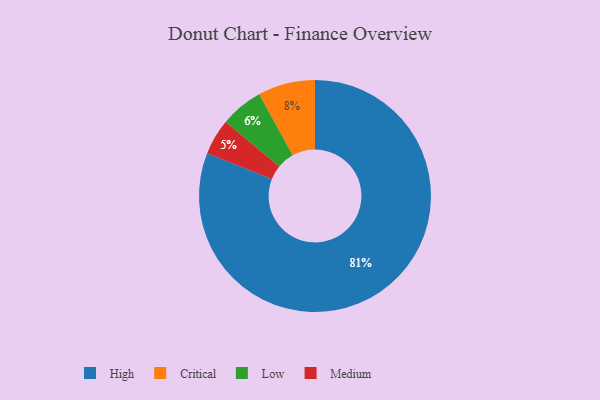
{"axis": {"x": "Category", "y": "Percentage"}, "legend": ["Critical", "High", "Low", "Medium"], "data": [{"x": "Low", "y": 6, "type": "Low"}, {"x": "Critical", "y": 8, "type": "Critical"}, {"x": "High", "y": 81, "type": "High"}, {"x": "Medium", "y": 5, "type": "Medium"}]}